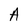
Character: A